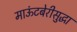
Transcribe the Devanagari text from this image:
माऊंटबेरीसुद्धा